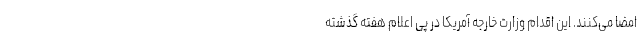
امضا می‌کنند. این اقدام وزارت خارجه آمریکا در پی اعلام هفته گذشته